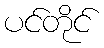
ပင်တိုင်